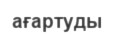
ағартуды